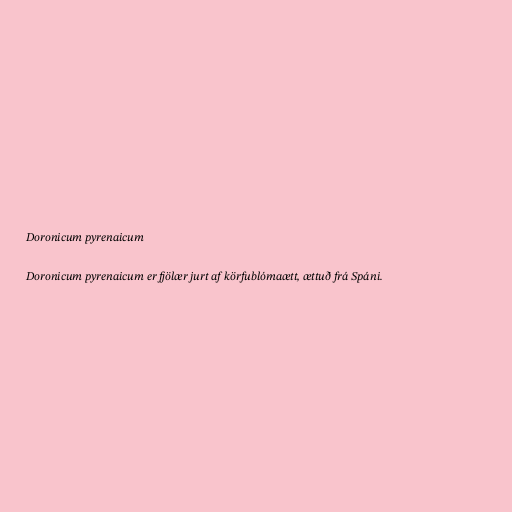
Doronicum pyrenaicum

Doronicum pyrenaicum er fjölær jurt af körfublómaætt, ættuð frá Spáni.